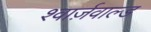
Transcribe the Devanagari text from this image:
श्वार्ज़वाल्ड